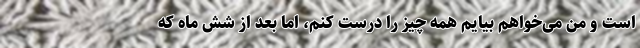
است و من می‌خواهم بیایم همه چیز را درست کنم، اما بعد از شش ماه که